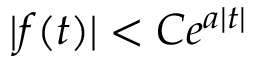
\vert f ( t ) \vert < C e ^ { a \vert t \vert }